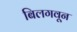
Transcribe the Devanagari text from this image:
बिलगवून